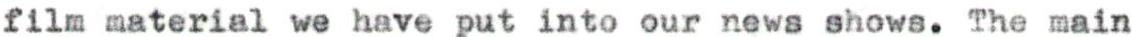
film material we have put into our news shows. The main